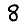
Digit: 8